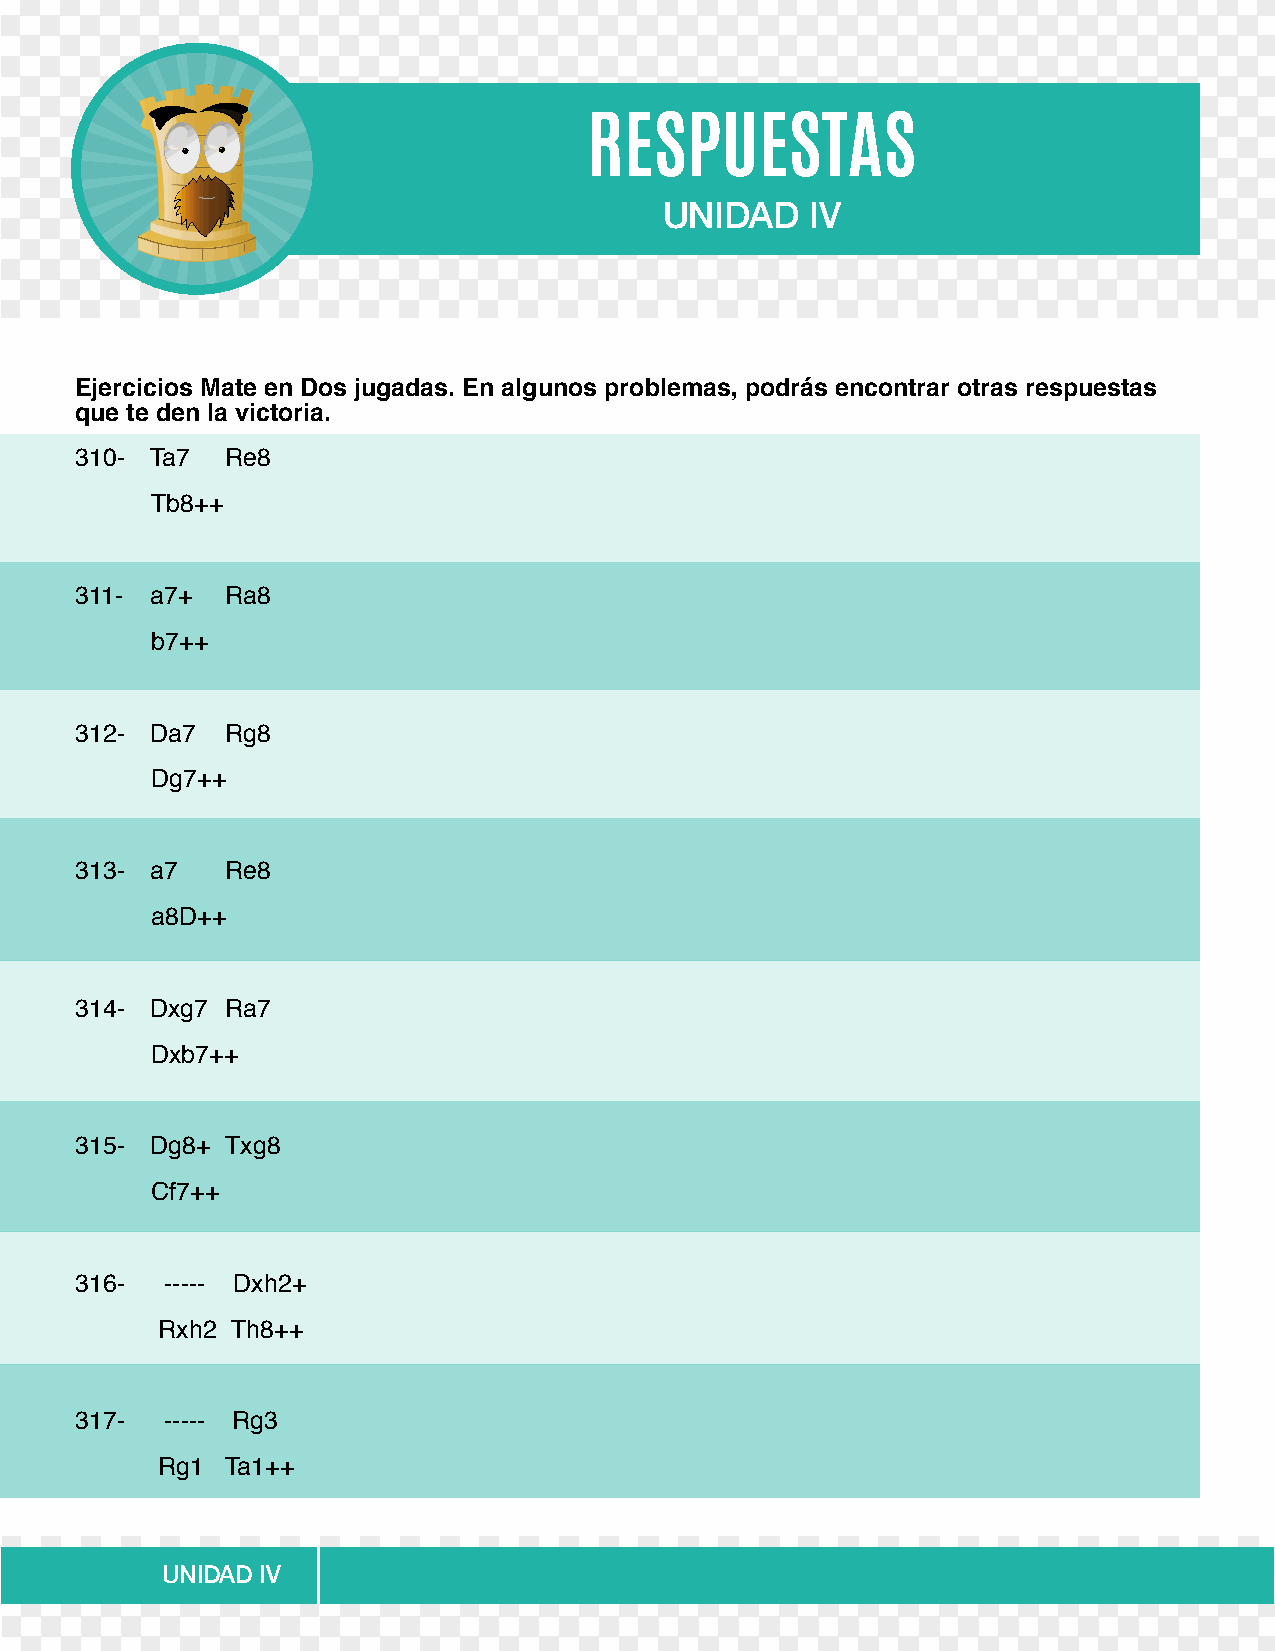
RESPUESTAS
 UNIDAD    IV
 Ejercicios Mate en Dos jugadas. En algunos problemas, podrás encontrar otras respuestas
 que te den la victoria.
 310- Ta7  Re8
 Tb8++
 311- a7+  Ra8
 b7++
 312- Da7  Rg8
 Dg7++
 313- a7   Re8
 a8D++
 314- Dxg7 Ra7
 Dxb7++
 315- Dg8+ Txg8
 Cf7++
 316-  ----- Dxh2+
 Rxh2 Th8++
 317-  ----- Rg3
 Rg1  Ta1++
 UNIDAD IV